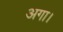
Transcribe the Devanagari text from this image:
अगा।